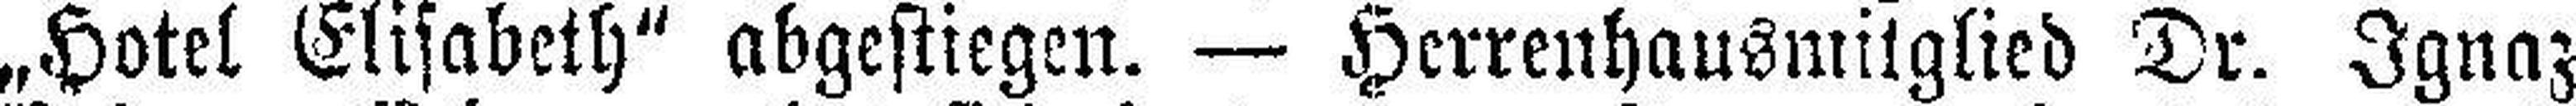
„Hotel Elisabeth“ abgestiegen. — Herrenhausmitglied Dr. Ignaz